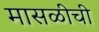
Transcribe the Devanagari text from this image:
मासळीची